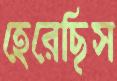
হেরেছিস